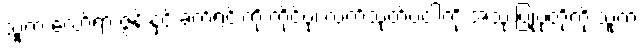
သူက လော်ရာ ဇွန်းနှင့် ခက်ရင်းကို ကိုင်ပုံ၊ လက်သုတ်ပဝါကို အသုံးပြုပုံတို့ကို သူက